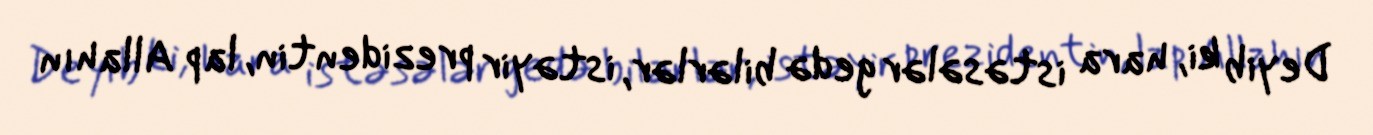
Deyib ki, hara istəsələr gedə bilərlər, istəyir prezidentin, lap Allahın